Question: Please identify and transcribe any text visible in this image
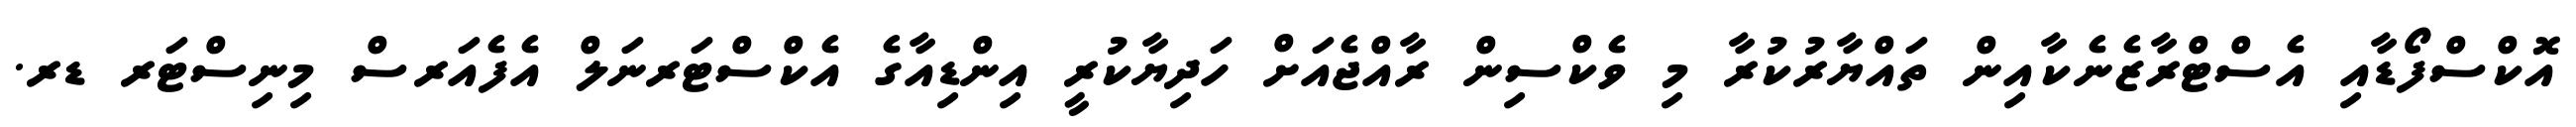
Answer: އޮކްސްފޯޑާއި އެސްޓްރާޒެނެކާއިން ތައްޔާރުކުރާ މި ވެކްސިން ރާއްޖެއަށް ހަދިޔާކުރީ އިންޑިއާގެ އެކްސްޓަރނަލް އެފެއަރސް މިނިސްޓަރ ޑރ.